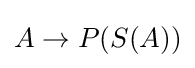
A\to P(S(A))